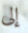
إلى